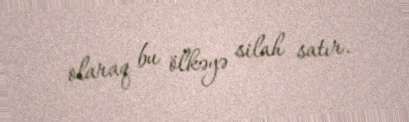
olaraq bu ölkəyə silah satır.